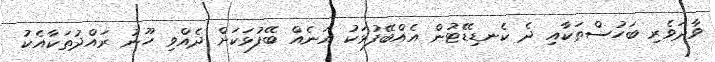
ވާދަވެރި ބަހުސްތަކާއި ދެ ކެނޑިޑޭޓުން އެއްބޭފުޅަކު އަނެއް ބޭފުޅަކަށް ދެއްވި ހޫނު ރައްދުތަކާއެކު